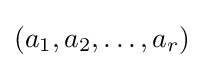
(a_{1},a_{2},\dots ,a_{r})